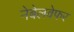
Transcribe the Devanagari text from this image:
नेबेलवेफर